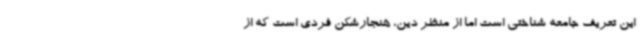
این تعریف جامعه شناختی است اما از منظر دین، هنجارشکن فردی است که از